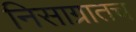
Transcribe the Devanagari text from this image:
निसाग्रातच